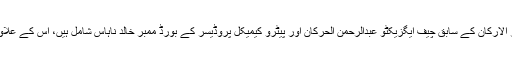
ذرائع کا کہنا ہے کہ نئی انتظامیہ کمیٹی میں حکومتی ارکان بھی ہیں، جن میں پراپرٹی کمپنی دار الارکان کے سابق چیف ایگزیکٹو عبدالرحمٰن الحرکان اور پیٹرو کیمیکل پروڈیسر کے بورڈ ممبر خالد ناہاس شامل ہیں، اس کے علاوہ خاندان کے دو رکن بھی اس کمیٹی کا حصہ ہیں، جس میں یحییٰ بن لان اور عبداللہ بن لادن ہیں۔